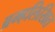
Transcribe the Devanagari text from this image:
ब्रम्हलिखित